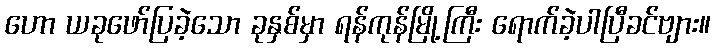
ဟော ယခုဖော်ပြခဲ့သော ခုနှစ်မှာ ရန်ကုန်မြို့ကြီး ရောက်ခဲ့ပါပြီခင်ဗျား။